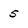
Character: 5